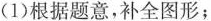
(1)根据题意，补全图形；